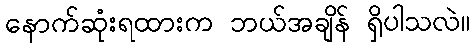
နောက်ဆုံးရထားက ဘယ်အချိန် ရှိပါသလဲ။